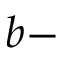
b -